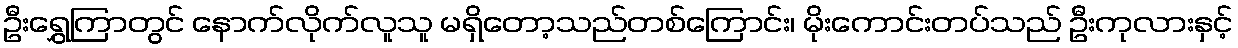
ဦးရွှေကြာတွင် နောက်လိုက်လူသူ မရှိတော့သည်တစ်ကြောင်း၊ မိုးကောင်းတပ်သည် ဦးကုလားနှင့်